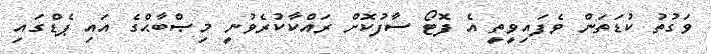
ވަގުތު ކުޑަތަން ވެފައިވީތީ އެ ފޮޓޯ ސާފުކޮށް ރައްކާކުރެވުނީ މިޞްބާޙްގެ އައި ޕެޑްގައި